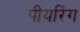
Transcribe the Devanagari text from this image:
पीयरिंग